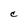
Character: C